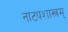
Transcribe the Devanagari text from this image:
नाट्यशास्त्रम्